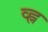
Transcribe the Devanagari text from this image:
व्ह्न